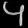
Digit: ၄